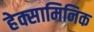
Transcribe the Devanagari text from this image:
हेक्सामिनिक